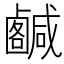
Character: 𢨟